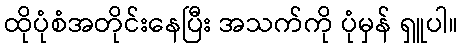
ထိုပုံစံအတိုင်းနေပြီး အသက်ကို ပုံမှန် ရှူပါ။